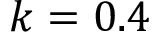
k = 0 . 4